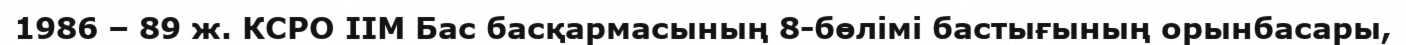
1986 – 89 ж. КСРО ІІМ Бас басқармасының 8-бөлімі бастығының орынбасары,